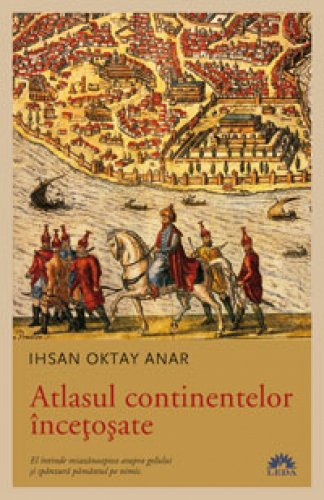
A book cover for Atlasul continentelor incetosate (Romanian Edition); Ihsan Oktay Anar; Travel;